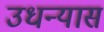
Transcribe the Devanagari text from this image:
उधन्यास